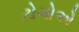
ટોગોએ